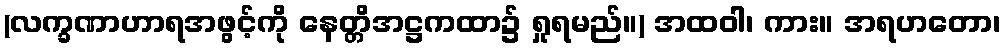
(လက္ခဏာဟာရအဖွင့်ကို နေတ္တိအဋ္ဌကထာ၌ ရှုရမည်။) အထဝါ၊ ကား။ အရဟတော၊